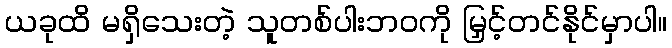
ယခုထိ မရှိသေးတဲ့ သူတစ်ပါးဘဝကို မြှင့်တင်နိုင်မှာပါ။